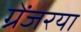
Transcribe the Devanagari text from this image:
ग्रेंजरया